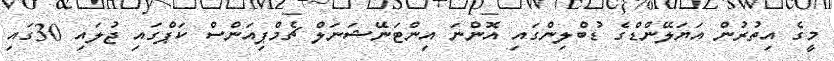
މީގެ އިތުރުން އަޔަލޭންޑްގެ ޑުބްލިންގައި އޮންނަ އިންޓަނޭޝަނަލް ޗެމްޕިއަންސް ކަޕްގައި ޖުލައި 30ގައި